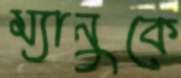
ম্যানুকে